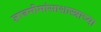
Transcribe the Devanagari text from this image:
ज्ञानमीमांसाशास्त्राच्या